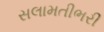
સલામતીભરી